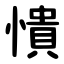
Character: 憒